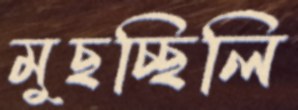
মুছচ্ছিলি